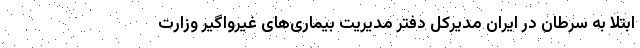
ابتلا به سرطان در ایران مدیرکل دفتر مدیریت بیماری‌های غیرواگیر وزارت